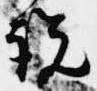
説